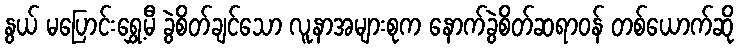
နွယ် မပြောင်းရွှေ့မီ ခွဲစိတ်ချင်သော လူနာအများစုက နောက်ခွဲစိတ်ဆရာဝန် တစ်ယောက်ဆို